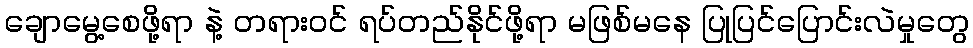
ချောမွေ့စေဖို့ရာ နဲ့ တရားဝင် ရပ်တည်နိုင်ဖို့ရာ မဖြစ်မနေ ပြုပြင်ပြောင်းလဲမှုတွေ